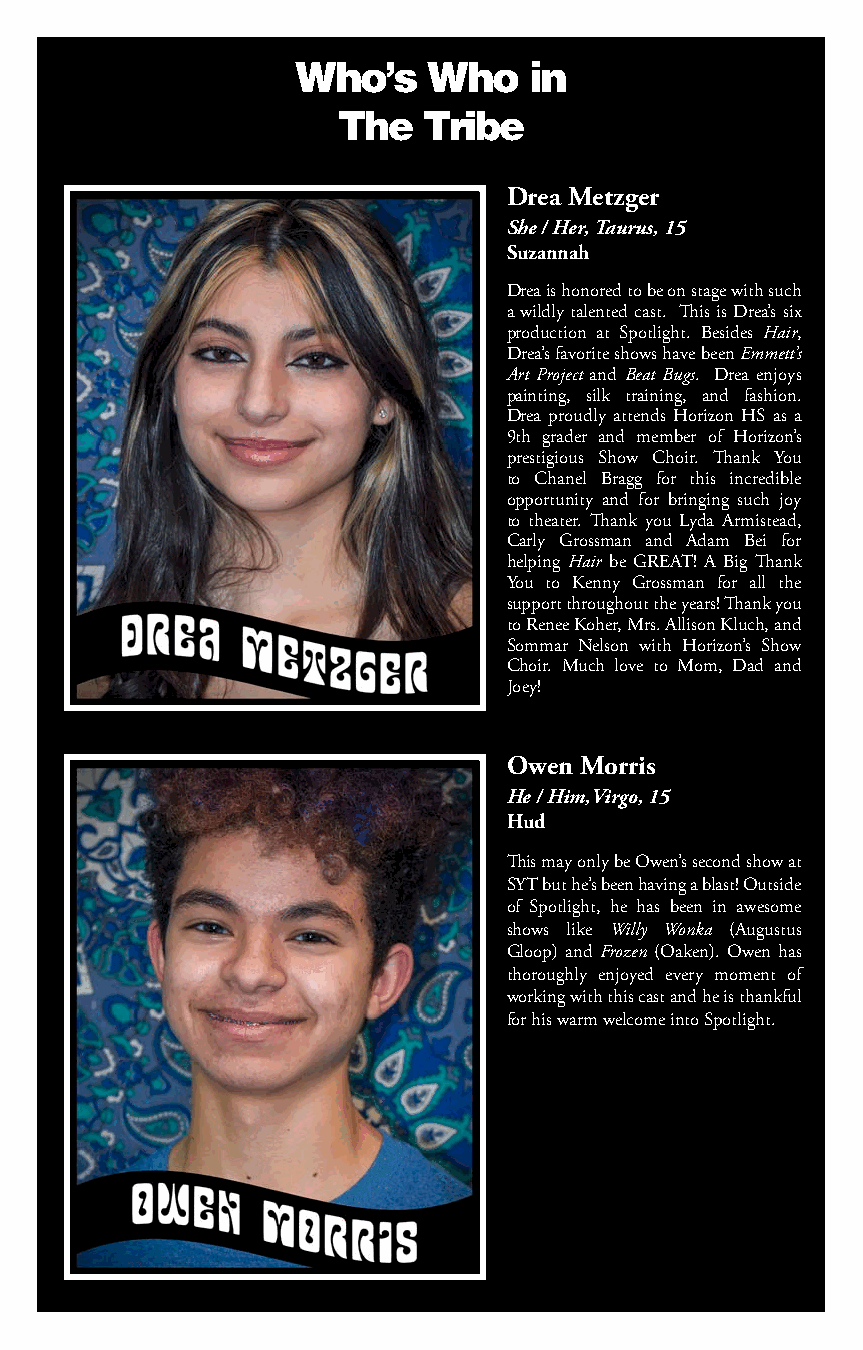
Who’s    Who   in
 The  Tribe
 Drea Metzger
 She / Her, Taurus, 15
 Suzannah
 Drea is honored to be on stage with such
 a wildly talented cast. This is Drea’s six
 production at Spotlight. Besides Hair,
 Drea’s favorite shows have been Emmett’s
 Art Project and Beat Bugs. Drea enjoys
 painting, silk training, and fashion.
 Drea proudly attends Horizon HS as a
 9th grader and member of Horizon’s
 prestigious Show Choir. Thank You
 to Chanel Bragg for this incredible
 opportunity and for bringing such joy
 to theater. Thank you Lyda Armistead,
 Carly Grossman and Adam Bei for
 helping Hair be GREAT! A Big Thank
 You to Kenny Grossman for all the
 support throughout the years! Thank you
 to Renee Koher, Mrs. Allison Kluch, and
 Sommar Nelson with Horizon’s Show
 Choir. Much love to Mom, Dad and
 Joey!
 Owen Morris
 He / Him,Virgo, 15
 Hud
 This may only be Owen’s second show at
 SYT but he’s been having a blast! Outside
 of Spotlight, he has been in awesome
 shows like Willy Wonka (Augustus
 Gloop) and Frozen (Oaken). Owen has
 thoroughly enjoyed every moment of
 working with this cast and he is thankful
 for his warm welcome into Spotlight.